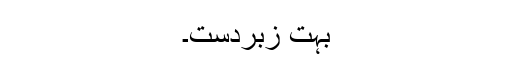
بہت زبردست۔